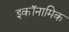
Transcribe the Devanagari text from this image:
इकॉनामिक